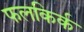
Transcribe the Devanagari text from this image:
फलकिर्क